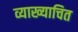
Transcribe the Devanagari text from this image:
व्याख्याचित